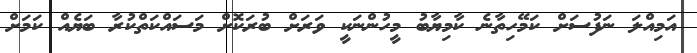
އަމިއްލަ ނަފުސަށް ކަމޭހިތާނެ ކާމިޔާބު މީހުންނަކީ ވަރަށް ބުރަކޮށް މަސައްކަތްކުރާ ބަޔެއް ކަމަށް